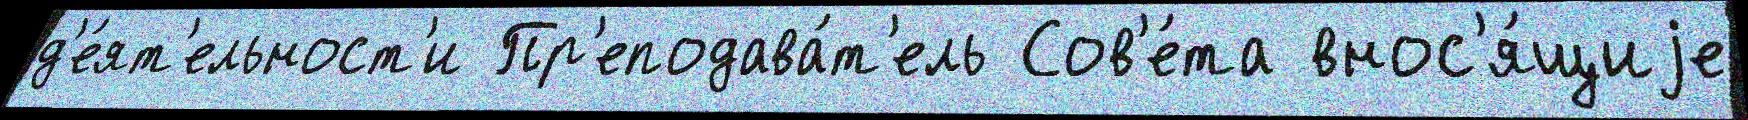
д'е́ят'ельност'и Пр'еподава́т'ель Сов'е́та внос'я́щиjе